Madras plague regulations and rules - Volume 1
Disease focus: Plague
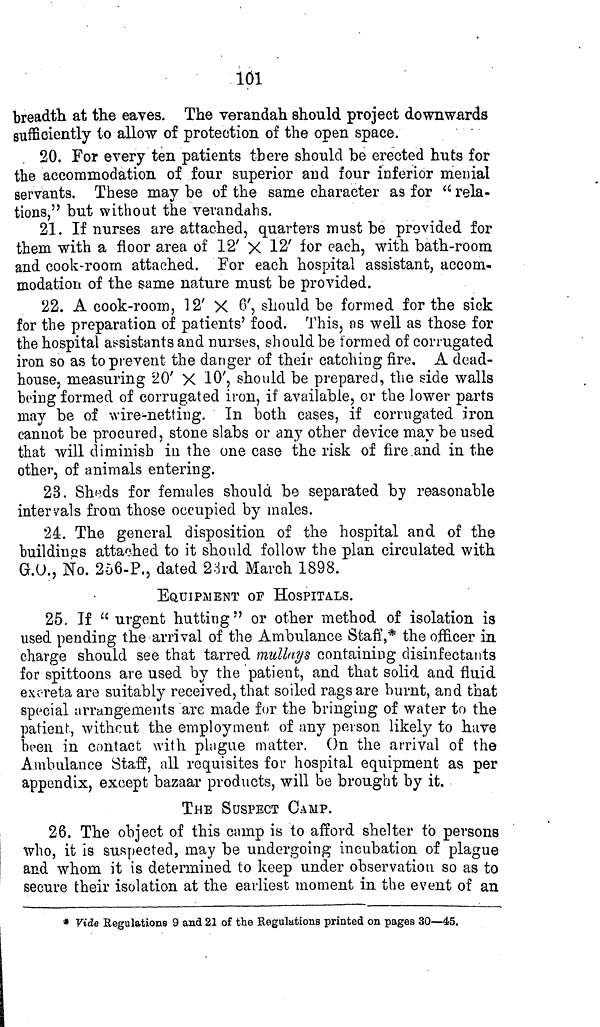
101
breadth at the eaves. The verandah should project downwards
sufficiently to allow of protection of the open space.
20. For every ten patients there should be erected huts for
the accommodation of four superior and four inferior menial
servants. These may be of the same character as for " rela-
tions," but without the verandahs.
21. If nurses are attached, quarters must be provided for
them with a floor area of 12' X 12' for each, with bath-room
and cook-room attached. For each hospital assistant, accom-
modation of the same nature must be provided.
22. A cook-room, 12' X 6', should be formed for the sick
for the preparation of patients' food. This, as well as those for
the hospital assistants and nurses, should be formed of corrugated
iron so as to prevent the danger of their catching fire. A dead-
house, measuring 20' X 10', should be prepared, the side walls
being formed of corrugated iron, if available, or the lower parts
may be of wire-netting. In both cases, if corrugated iron
cannot be procured, stone slabs or any other device may be used
that will diminish in the one case the risk of fire and in the
other, of animals entering.
23. Sheds for females should be separated by reasonable
intervals from those occupied by males.
24. The general disposition of the hospital and of the
buildings attached to it should follow the plan circulated with
G.O., No. 256-P,, dated 23rd March 1898.
EQUIPMENT OF HOSPITALS.
25. If "urgent hutting" or other method of isolation is
used pending the arrival of the Ambulance Staff,* the officer in
charge should see that tarred mullays containing disinfectants
for spittoons are used by the patient, and that solid and fluid
excreta are suitably received, that soiled rags are burnt, and that
special arrangements are made for the bringing of water to the
patient, without the employment of any person likely to have
been in contact with plague matter. On the arrival of the
Ambulance Staff, all requisites for hospital equipment as per
appendix, except bazaar products, will be brought by it.
THE SUSPECT CAMP.
26. The object of this camp is to afford shelter to persons
who, it is suspected, may be undergoing incubation of plague
and whom it is determined to keep under observation so as to
secure their isolation at the earliest moment in the event of an
* Vide Regulations 9 and 21 of the Regulations printed on pages 30—45.